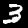
Label: 3